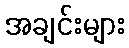
အချင်းများ